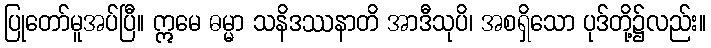
ပြုတော်မူအပ်ပြီ။ ဣမေ ဓမ္မာ သနိဒဿနာတိ အာဒီသုပိ၊ အစရှိသော ပုဒ်တို့၌လည်း။